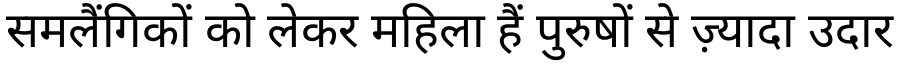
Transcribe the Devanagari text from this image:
समलैंगिकों को लेकर महिला हैं पुरुषों से ज़्यादा उदार